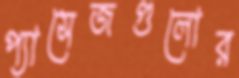
প্যাসেজগুলোর